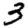
Digit: 3